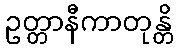
ဥတ္တာနီကာတုန္တိ